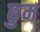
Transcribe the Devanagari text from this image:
छुम